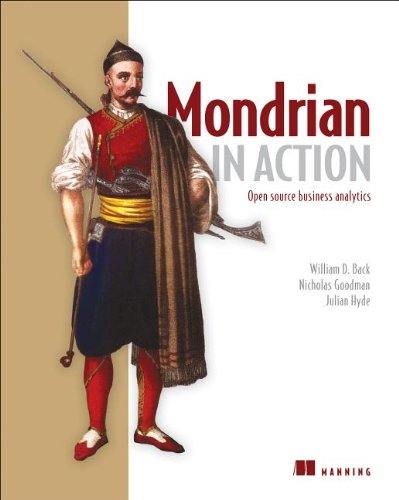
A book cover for Mondrian in Action: Open source business analytics; William D. Back; Computers & Technology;